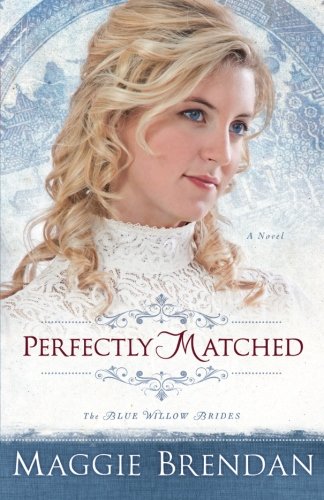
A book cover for Perfectly Matched: A Novel (The Blue Willow Brides) (Volume 3); Maggie Brendan; Romance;